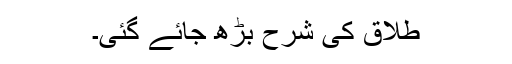
طلاق کی شرح بڑھ جائے گئی۔